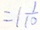
= 1 \frac { 1 } { 1 0 }